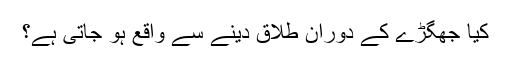
کیا جھگڑے کے دوران طلاق دینے سے واقع ہو جاتی ہے؟